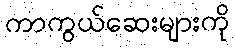
ကာကွယ်ဆေးများကို